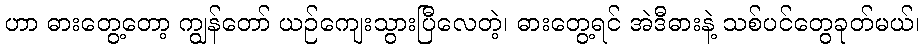
ဟာ ဓားတွေ့တော့ ကျွန်တော် ယဉ်ကျေးသွားပြီလေတဲ့၊ ဓားတွေ့ရင် အဲဒီဓားနဲ့ သစ်ပင်တွေခုတ်မယ်၊